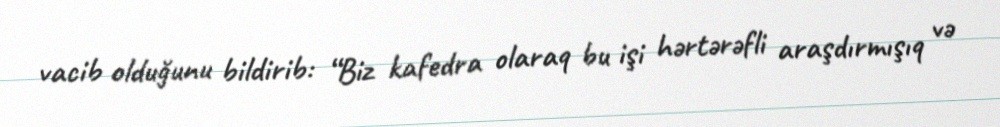
vacib olduğunu bildirib: “Biz kafedra olaraq bu işi hərtərəfli araşdırmışıq və